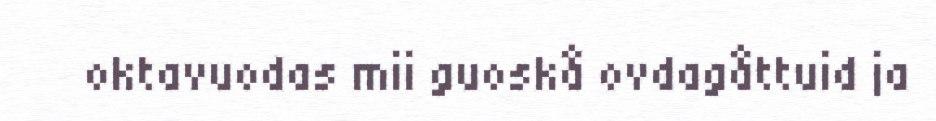
oktavuodas mii guoskå ovdagåttuid ja